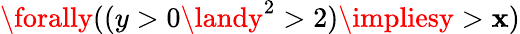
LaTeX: \forally((y>0\landy^{2}>2)\impliesy>\mathbf{x})